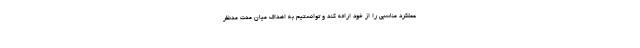
عملکرد مناسبی را از خود ارائه کند و توانستیم به اهداف میان مدت مدنظر